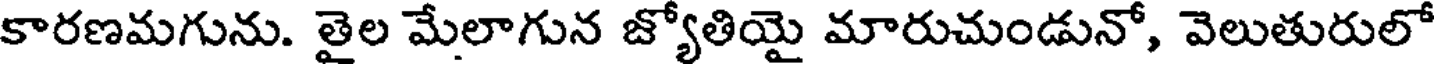
కారణమగును. తైల మేలాగున జ్యోతియై మారుచుండునో, వెలుతురులో